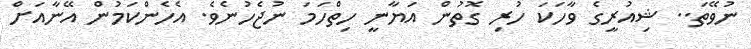
ނުވޭތަ.. ޝިއުރީގެ ވާހަކަ ހުރި ގޮތުން އަޔާނީ ހިތްހަމަ ނުޖެހުނެވެ. އެހެންކަމުން އޭނާއަށް